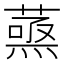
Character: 𮐹